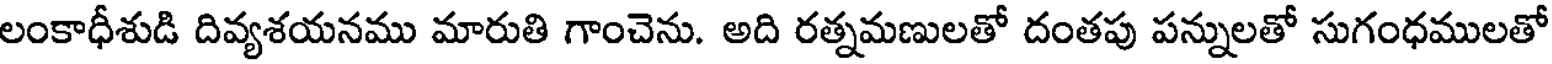
లంకాధీశుడి దివ్యశయనము మారుతి గాంచెను. అది రత్నమణులతో దంతపు పన్నులతో సుగంధములతో